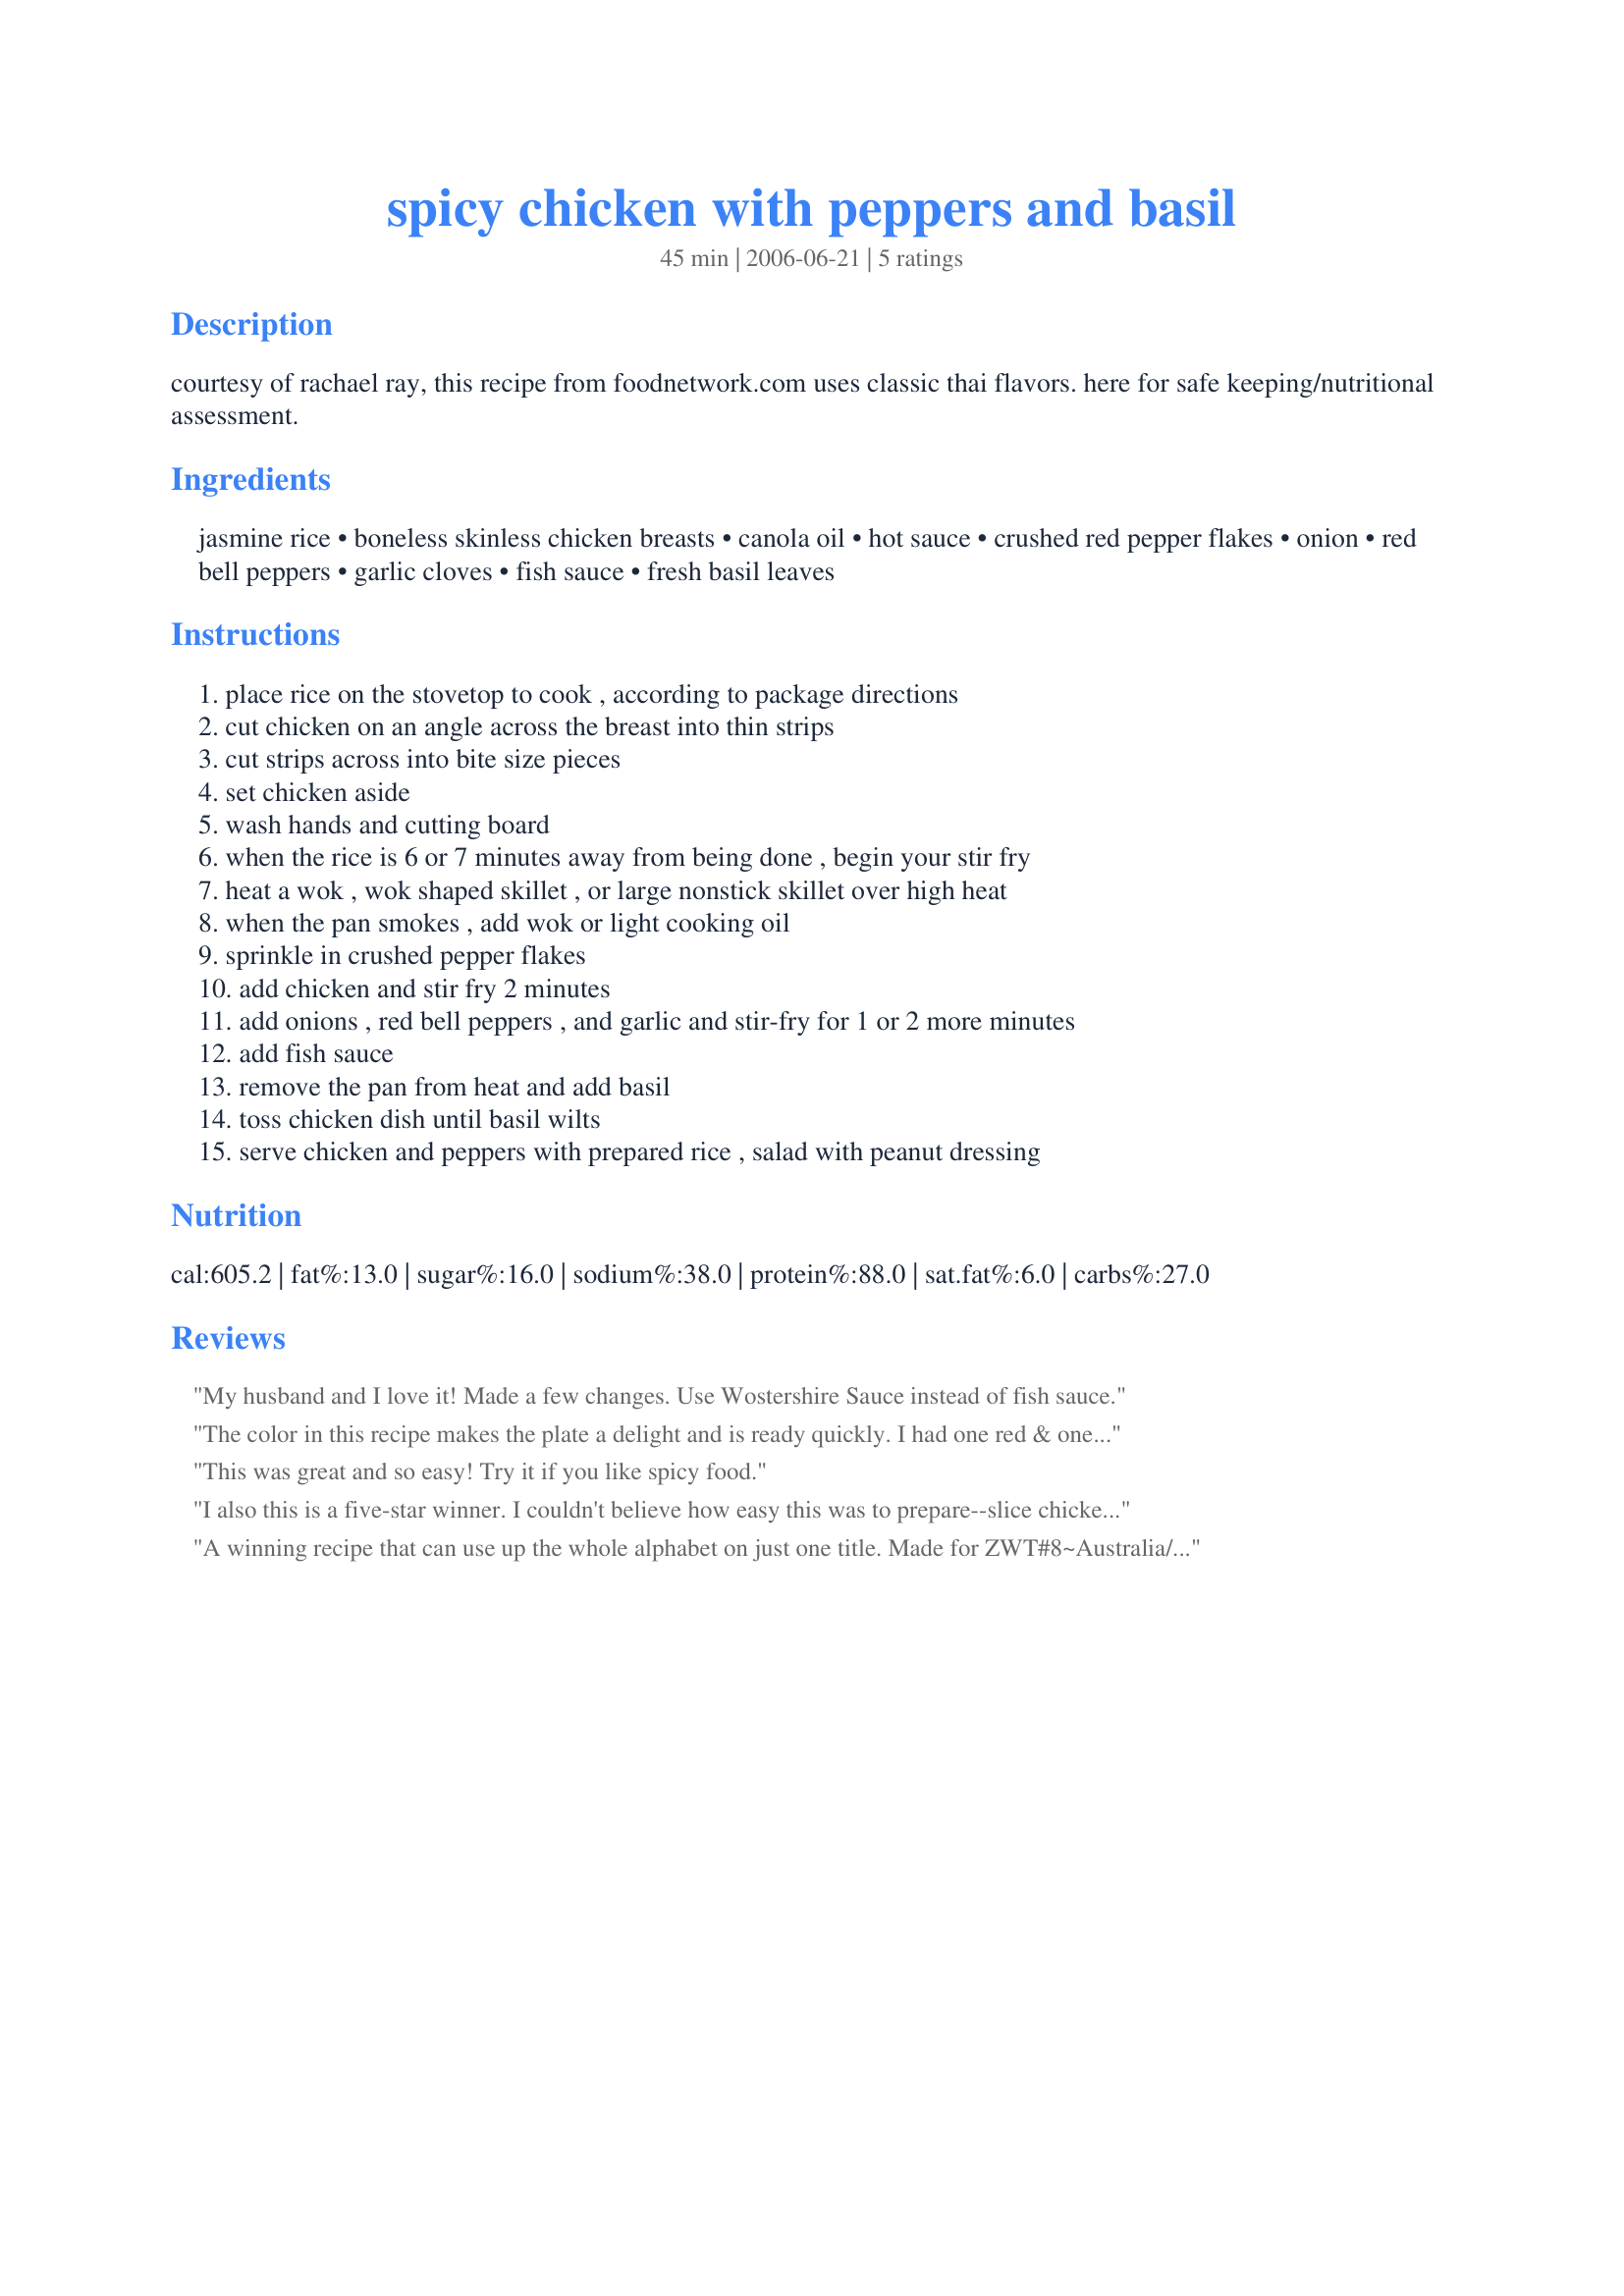
spicy chicken with peppers and basil
Preparation time: 45 minutes

courtesy of rachael ray, this recipe from foodnetwork.com uses classic thai flavors. here for safe keeping/nutritional assessment.

Ingredients:
jasmine rice, boneless skinless chicken breasts, canola oil, hot sauce, crushed red pepper flakes, onion, red bell peppers, garlic cloves, fish sauce, fresh basil leaves

Steps:
place rice on the stovetop to cook , according to package directions, cut chicken on an angle across the breast into thin strips, cut strips across into bite size pieces, set chicken aside, wash hands and cutting board, when the rice is 6 or 7 minutes away from being done , begin your stir fry, heat a wok , wok shaped skillet , or large nonstick skillet over high heat, when the pan smokes , add wok or light cooking oil, sprinkle in crushed pepper flakes, add chicken and stir fry 2 minutes, add onions , red bell peppers , and garlic and stir-fry for 1 or 2 more minutes, add fish sauce, remove the pan from heat and add basil, toss chicken dish until basil wilts, serve chicken and peppers with prepared rice , salad with peanut dressing

Reviews:
My husband and I love it! Made a few changes. Use Wostershire Sauce instead of fish sauce.
The color in this recipe makes the plate a delight and is ready quickly. I had one red & one yellow pepper on hand so used them.We enjoyed the garlicky, salty sauce. I also included the fish sauce, but was too faint of heart to add 1/2 tsp crushed pepper flakes and more hot sauce. I served scrachai at the table instead. Thank you for sharing the recipe!
This was great and so easy! Try it if you like spicy food.
I also this is a five-star winner. I couldn't believe how easy this was to prepare--slice chicken, chop peppers and onions and go! We don't like fish sauce so I substituted lite soy sauce. It was a wonderful dish with great flavor and beautiful color. I did use organic veggies from a farmers market which mean the veggies had much flavor. We'll definitely have this recipe on a regular basis--thanks for sharing!
A winning recipe that can use up the whole alphabet on just one title. Made for ZWT#8~Australia/Family Picks.
